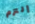
إلتزم